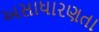
અસાધારણતા